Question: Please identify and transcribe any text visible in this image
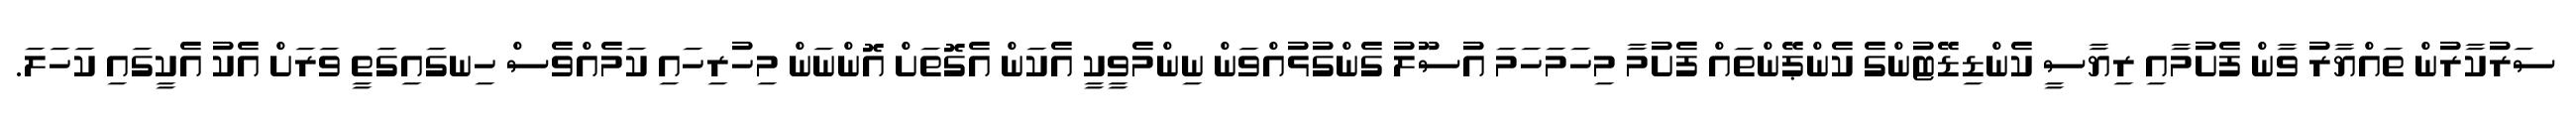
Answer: ސަރުކާރުން ތައްޔާރު ވާން ފެށުމާއި ރިޔާސީ ކެންޑިޑޭޓުންގެ ކެންޕޭންތައް ފެށުމާ މިހަމަހަމަ އުސޫލު ގެންގުޅުއްވަން ނިންމެވީކީ އެކަން އެގޮތަށް އޮންނަން މިހުރިހައި ކަމެއްވެސް ހިނގައިގަތީ ވަރަށް އެކު އެކީގައި ކަހަލަ.